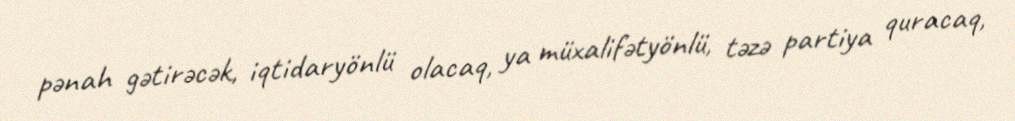
pənah gətirəcək, iqtidaryönlü olacaq, ya müxalifətyönlü, təzə partiya quracaq,